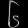
Digit: ၆